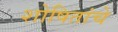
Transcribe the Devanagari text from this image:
शोषितांचे